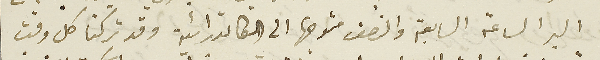
البر الساعة السابعة والنصف متوجها الى الكاتدرائية وقد تركنا كل وقت